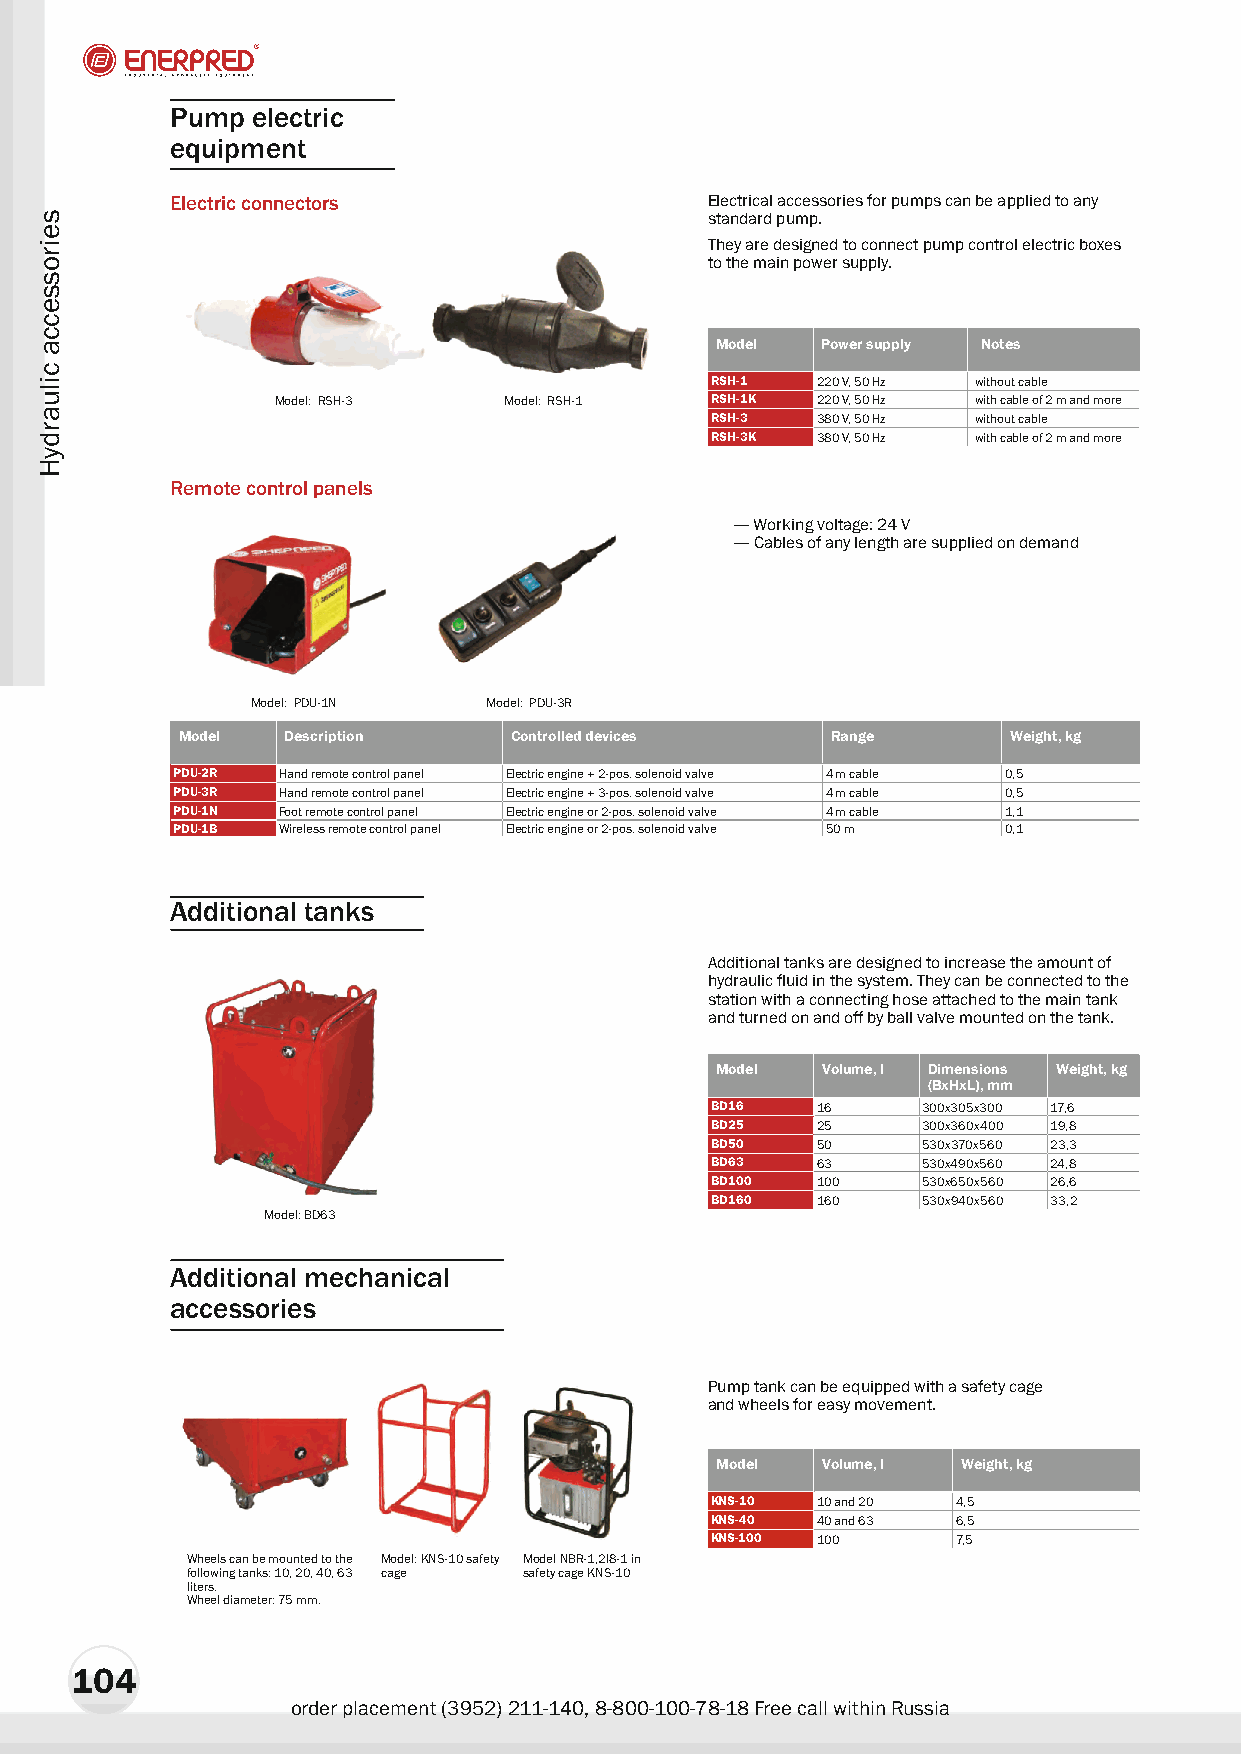
Pump  electric
 equipment
 Electric connectors                 Electrical accessories for pumps can be applied to any
 standard pump.
 They are designed to connect pump control electric boxes
 to the main power supply.
 Model  Power supply Notes
 RSH-1  220 V, 50 Hz without cable
 Model: RSH-3   Model: RSH-1  RSH-1K 220 V, 50 Hz with cable of 2 m and more
 RSH-3  380 V, 50 Hz without cable
 RSH-3K 380 V, 50 Hz with cable of 2 m and more
 Remote control panels
 — Working voltage: 24 V
 — Cables of any length are supplied on demand
 Model: PDU-1N  Model: PDU-3R
 Model  Description    Controlled devices   Range       Weight, kg
 PDU-2R Hand remote control panel Electric engine + 2-pos. solenoid valve 4 m cable 0,5
 PDU-3R Hand remote control panel Electric engine + 3-pos. solenoid valve 4 m cable 0,5
 PDU-1N Foot remote control panel Electric engine or 2-pos. solenoid valve 4 m cable 1,1
 PDU-1B Wireless remote control panel Electric engine or 2-pos. solenoid valve 50 m 0,1
 Additional tanks
 Additional tanks are designed to increase the amount of
 hydraulic fluid in the system. They can be connected to the
 station with a connecting hose attached to the main tank
 and turned on and off by ball valve mounted on the tank.
 Model  Volume, l Dimensions Weight, kg
 (BxHxL), mm
 BD16   16     300õ305õ300 17,6
 BD25   25     300õ360õ400 19,8
 BD50   50     530õ370õ560 23,3
 BD63   63     530õ490õ560 24,8
 BD100  100    530õ650õ560 26,6
 BD160  160    530õ940õ560 33,2
 Model: BD63
 Additional mechanical
 accessories
 Pump tank can be equipped with a safety cage
 and wheels for easy movement.
 Model  Volume, l Weight, kg
 KNS-10 10 and 20 4,5
 KNS-40 40 and 63 6,5
 KNS-100 100     7,5
 Wheels can be mounted to the Model: KNS-10 safety Model NBR-1,2I8-1 in
 following tanks: 10, 20, 40, 63 cage safety cage KNS-10
 liters.
 Wheel diameter: 75 mm.
 104
 order placement (3952) 211-140, 8-800-100-78-18 Free call within Russia
 seirossecca
 ciluardyH